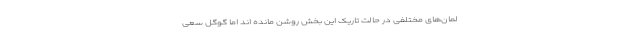
لمان‌های مختلفی در حالت تاریک این بخش روشن مانده اند اما گوگل سعی